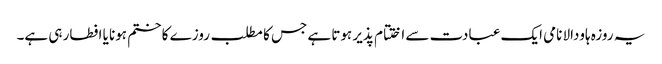
یہ روزہ ہاودالا نامی ایک عبادت سے اختتام پذیر ہوتا ہے جس کا مطلب روزے کا ختم ہونا یا افطار ہی ہے۔